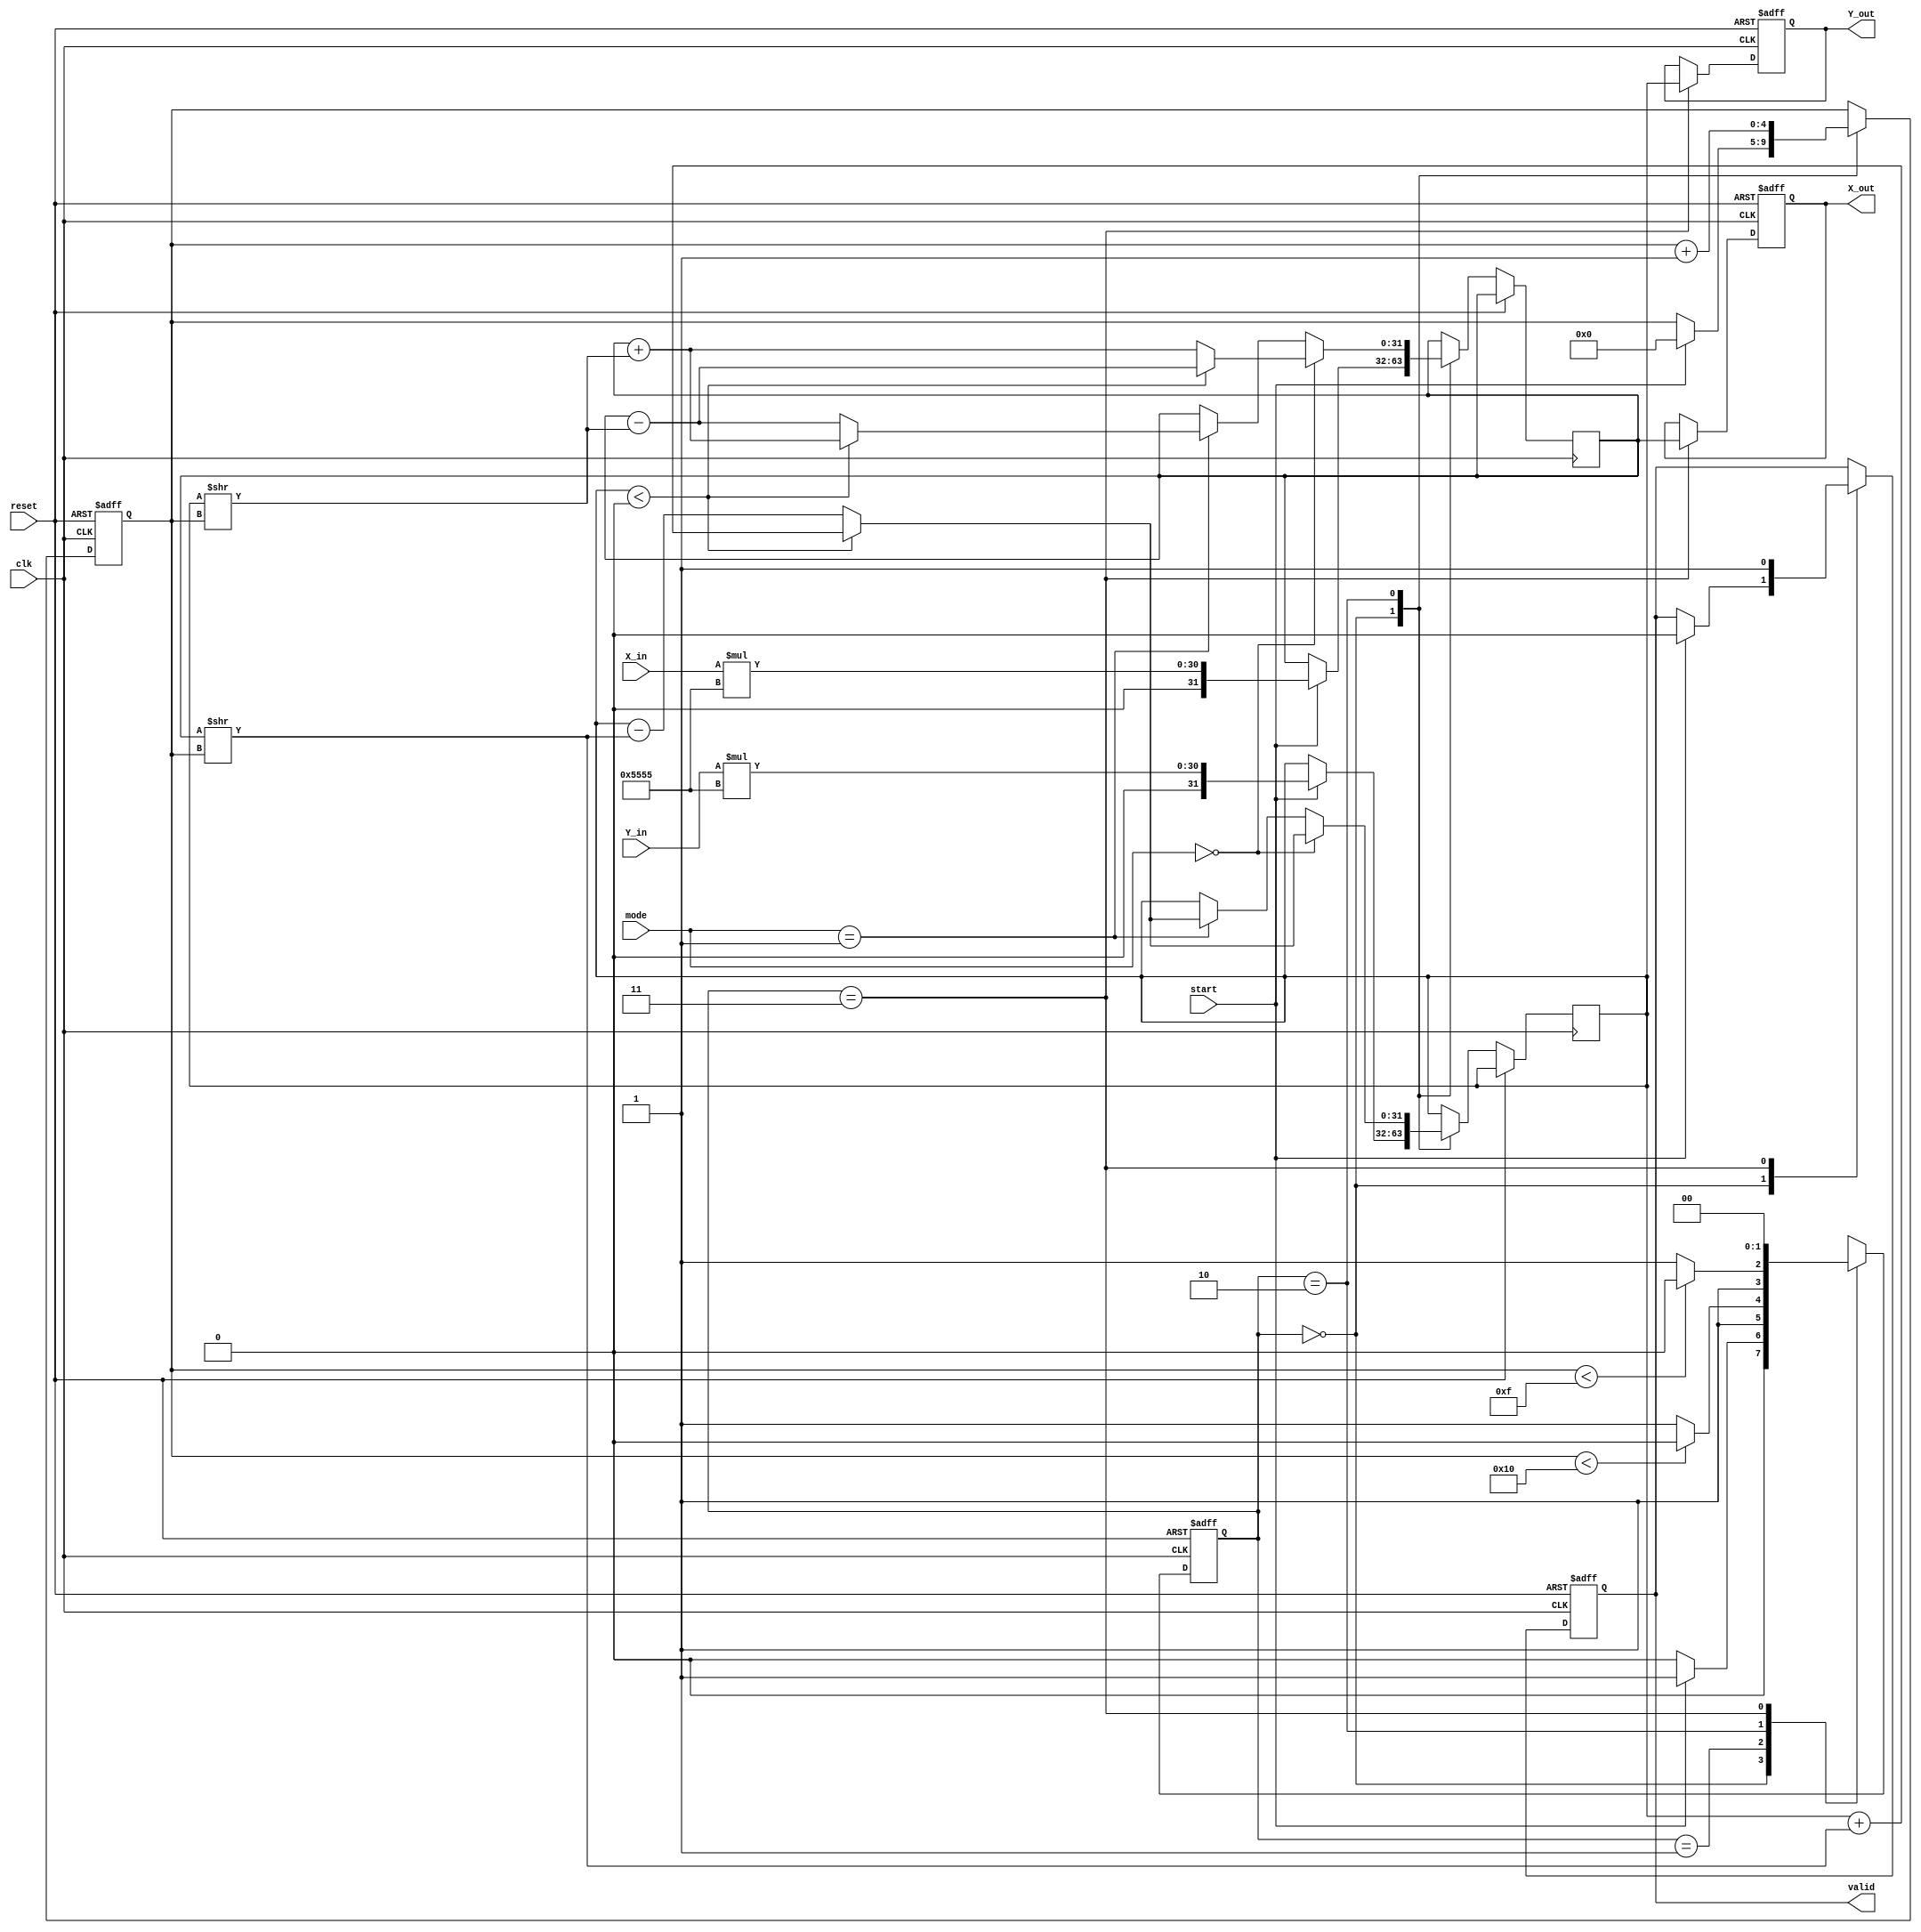
module hyperbolic_cordic (
    input wire clk,
    input wire reset,
    input wire [15:0] X_in, // Input X
    input wire [15:0] Y_in, // Input Y
    input wire [1:0] mode,  // Mode selector: 00 -> sinh, 01 -> cosh
    input wire start,        // Start signal for computation
    output reg [31:0] X_out, // Result for X (sinh/cosh)
    output reg [31:0] Y_out, // Result for Y (sinh/cosh)
    output reg valid         // Output valid signal
);

    // Internal parameters
    parameter N = 16;       // Number of iterations
    parameter [31:0] K = 21845; // Scaling factor, e.g., 0.607 for 16-bit

    // Registers for the CORDIC computation
    reg [31:0] X_reg, Y_reg;
    reg [4:0] iteration;
    reg [1:0] state, next_state;

    // CORDIC angles for hyperbolic functions in fixed-point format
    wire [31:0] CORDIC_angles [0:N-1]; // To be filled with precomputed angles
    initial begin
        CORDIC_angles[0] = 32'h00000001; // theta_0
        CORDIC_angles[1] = 32'h00000004; // theta_1
        CORDIC_angles[2] = 32'h00000010; // theta_2
        // Fill with further pre-computed angles as needed
    end

    // State definitions
    localparam IDLE = 2'b00, INIT = 2'b01, ITERATE = 2'b10, DONE = 2'b11;

    // Sequential control based on state
    always @(posedge clk or posedge reset) begin
        if (reset) begin
            state <= IDLE;
            valid <= 0;
            iteration <= 0;
            X_out <= 0;
            Y_out <= 0;
        end else begin
            state <= next_state;
            case (state)
                IDLE: begin
                    if (start) begin
                        // Initialize values
                        X_reg <= X_in * K; // Scale input X
                        Y_reg <= Y_in * K; // Scale input Y
                        iteration <= 0;
                        valid <= 0;
                    end
                end
                ITERATE: begin
                    // Perform rotation based on hyperbolic mode
                    if (mode == 2'b00) begin // sinh
                        if (Y_reg < 0) begin
                            X_reg <= X_reg - (Y_reg >> iteration);
                            Y_reg <= Y_reg + (X_reg >> iteration);
                        end else begin
                            X_reg <= X_reg + (Y_reg >> iteration);
                            Y_reg <= Y_reg - (X_reg >> iteration);
                        end
                    end else if (mode == 2'b01) begin // cosh
                        if (Y_reg < 0) begin
                            X_reg <= X_reg + (Y_reg >> iteration);
                            Y_reg <= Y_reg + (X_reg >> iteration);
                        end else begin
                            X_reg <= X_reg - (Y_reg >> iteration);
                            Y_reg <= Y_reg - (X_reg >> iteration);
                        end
                    end
                    iteration <= iteration + 1;
                end
                DONE: begin
                    X_out <= X_reg; // Store output
                    Y_out <= Y_reg; // Store output
                    valid <= 1;
                end
            endcase
        end
    end

    // Next state logic
    always @(*) begin
        next_state = state;
        case (state)
            IDLE: next_state = (start) ? INIT : IDLE;
            INIT: next_state = (iteration < N) ? ITERATE : DONE;
            ITERATE: next_state = (iteration < N - 1) ? ITERATE : DONE;
            DONE: next_state = IDLE; // Reset to idle after done
        endcase
    end
endmodule